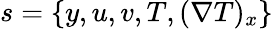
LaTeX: s=\{ y,u,v,T,(\nabla T)_{x}\}